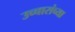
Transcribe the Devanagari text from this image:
उच्चारांच्या